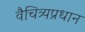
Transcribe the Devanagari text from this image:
वैचित्र्यप्रधान